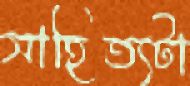
সাহিত্যটা